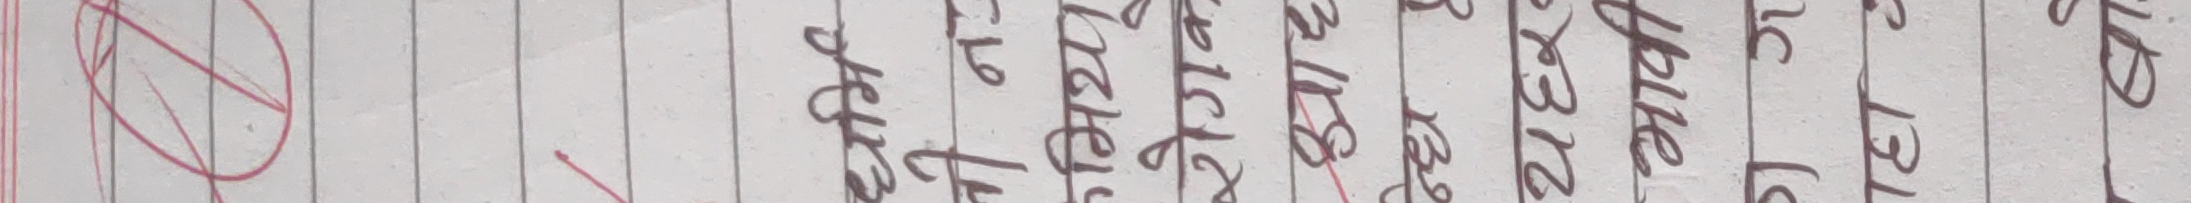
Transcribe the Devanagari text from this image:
२१२ १३२